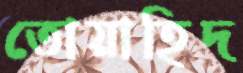
তোয়াহিদ